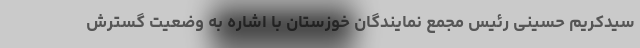
سیدکریم حسینی رئیس مجمع نمایندگان خوزستان با اشاره به وضعیت گسترش